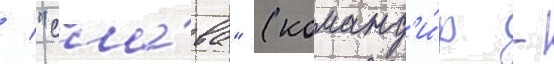
/ "сла́ва" (команд'и́р -